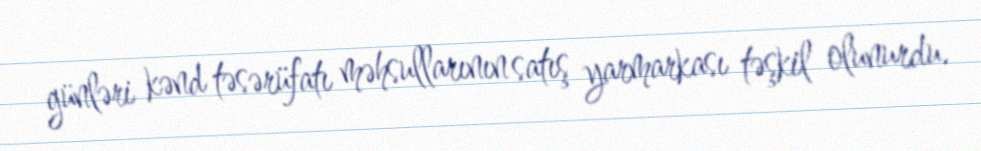
günləri kənd təsərüfatı məhsullarının satış yarmarkası təşkil olunurdu.